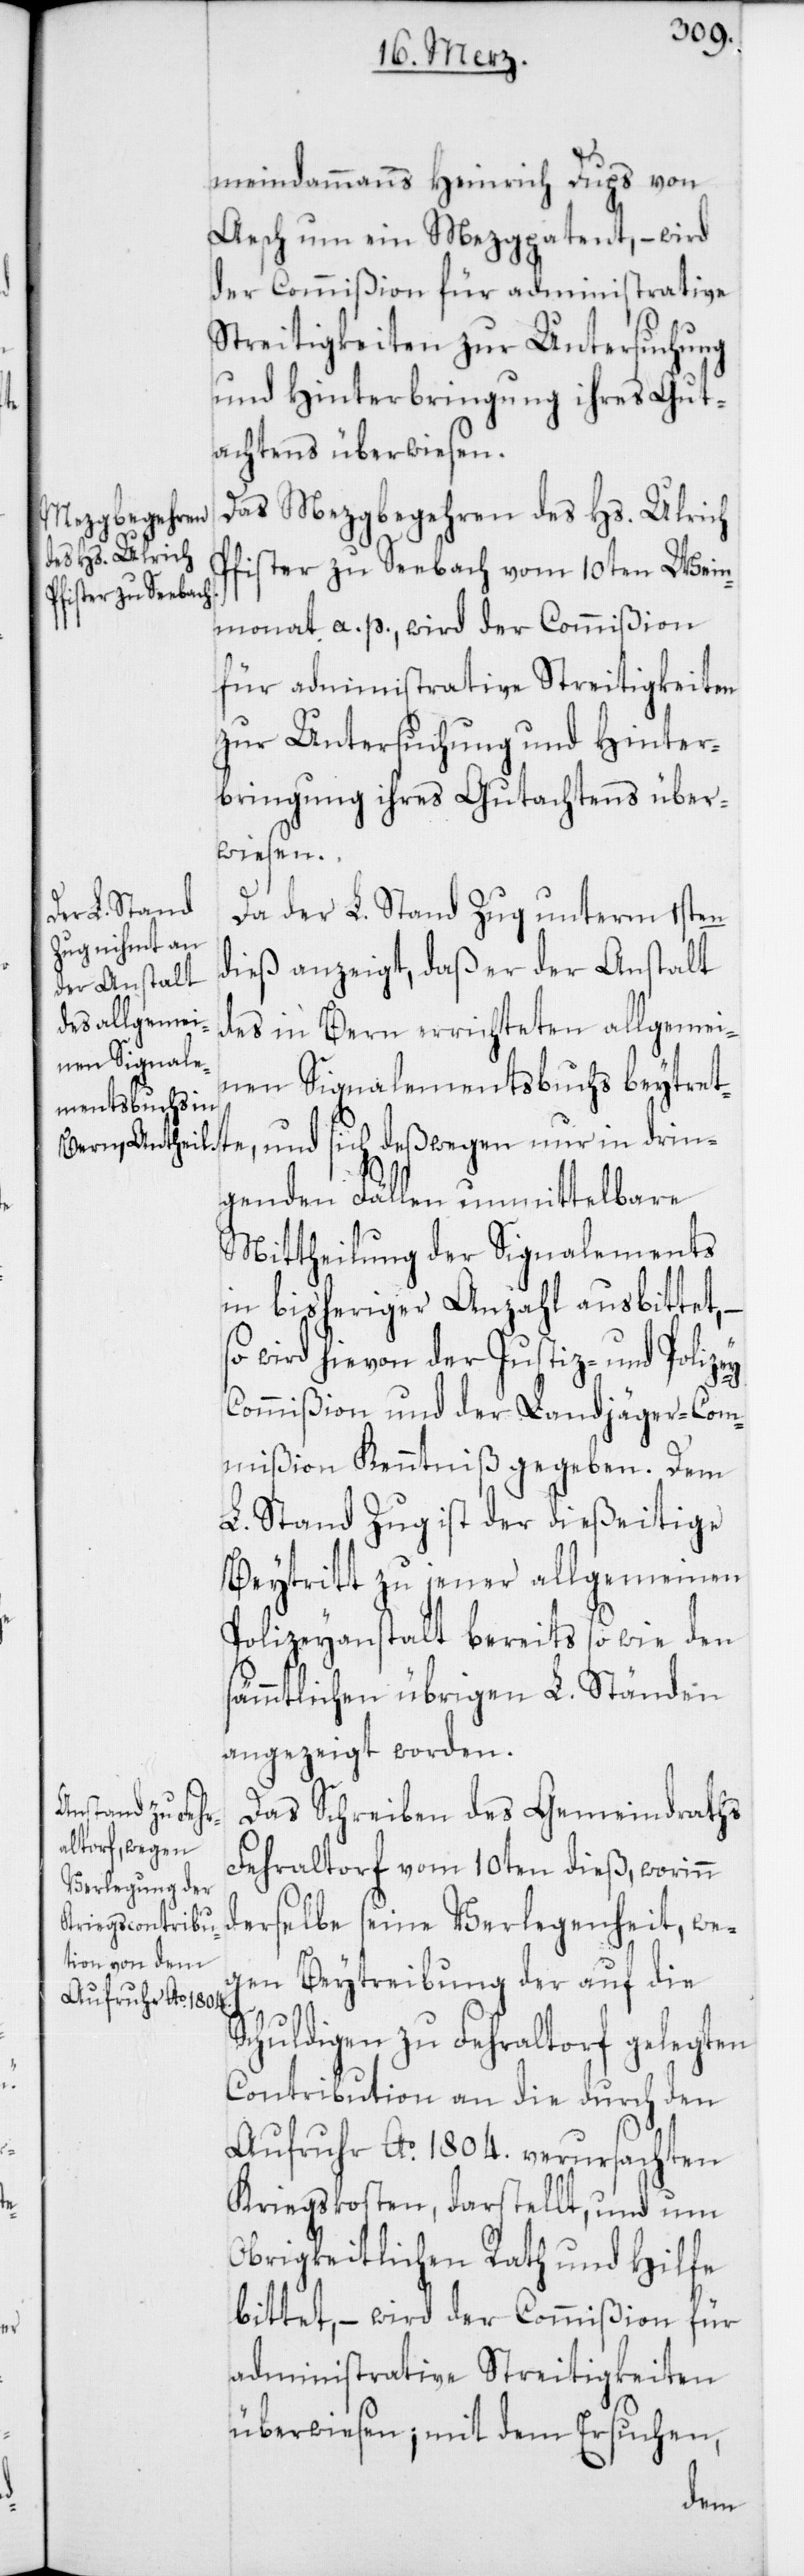
meindammanns Heinrich Dups von
[sic!] um ein Mezgpatent, – wird
der Commißion für administrative
Streitigkeiten zur Untersuchung
und Hinterbringung ihres Gut¬
achtens überwiesen.
Das Mezgbegehren des Hs. Ulrich
Pfister zu Seebach vom 10ten Wein¬
monat a. p., wird der Commißion
für administrative Streitigkeiten
zur Untersuchung und Hinter¬
bringung ihres Gutachtens über¬
wiesen.
Da der L. Stand Zug unterm 1sten
dieß anzeigt, daß er der Anstalt
des in Bern errichteten allgemei¬
nen Signale¬
mentsbuchs
beytrette, und sich deßwegen nur in drin¬
genden Fällen unmittelbare
Mittheilung der Signalements
in bisheriger Anzahl ausbittet, –
wird hievon der Justiz- und Polize¬
ommißion und der Landjäger-Com¬
mißion Kenntniß gegeben. Dem
L. Stand Zug ist der dießeitige
Beytritt zu jener allgemeinen
Polizeyanstalt bereits so wie den
sämmtlichen übrigen L. Ständen
angezeigt worden.
Das Schreiben des Gemeindraths
Fehraltorf vom 10ten dieß, worinn
derselbe seine Verlegenheit, we¬
gen Beytreibung der auf die
Schuldigen zu Fehraltorf gelegten
Contribution an die durch den
Aufruhr Ao 1804. verursachten
Kriegskosten, darstellt, und um
Obrigkeitlichen Rath und Hilfe
bittet, – wird der Commißion für
administrative Streitigkeiten
überwiesen, mit dem Ersuchen,
y-C¬